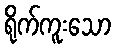
ရိုက်ကူးသော